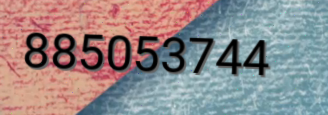
885053744